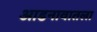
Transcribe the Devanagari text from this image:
आडनावातला